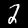
Label: 2